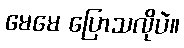
မေမေ ပြောသလိုပဲ။